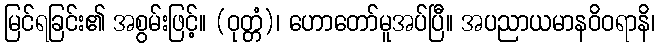
မြင်ရခြင်း၏ အစွမ်းဖြင့်။ (ဝုတ္တံ)၊ ဟောတော်မူအပ်ပြီ။ အပညာယမာနဝိဝရာနိ၊